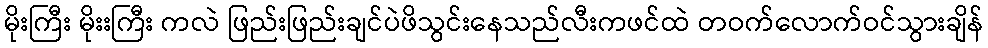
မိုးကြီး မိုးးကြီး ကလဲ ဖြည်းဖြည်းချင်ပဲဖိသွင်းနေသည်လီးကဖင်ထဲ တဝက်လောက်ဝင်သွားချိန်